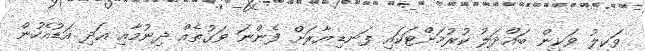
ވަކީލު ވަކީން ބައްދަލު ކުރުމަށްޓަކައި ފަނޑިޔާރަށް ފެންނަ ވަގުތެއް ދިނުމާއި އަދި އަޑުއެހުން